Annual report on the lock hospitals of the Madras Presidency
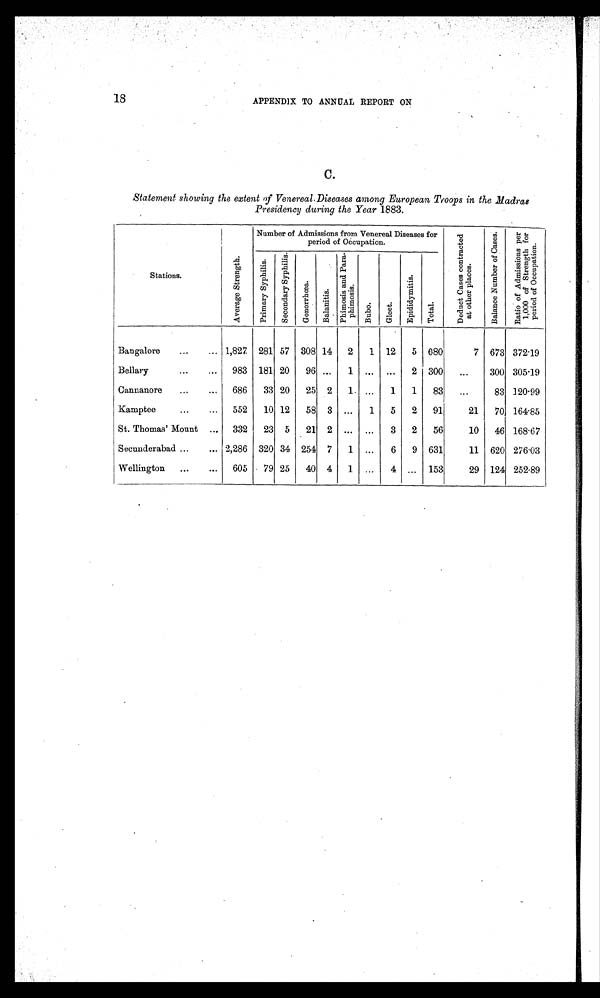
18
APPENDIX TO ANNUAL REPORT ON
C.
Statement showing the extent of Venereal. Diseases among European Troops in the Madras
Presidency during the Year 1883.
Stations.
A v e r a g e S t r e n g t h .
Number of Admissions from Venereal Diseases for
period of Occupation.
D e d u c t c a s e s c o n t r a c t e d a t o t h e r p l a c e s . B a l a n c e N u m b e r o f C a e s e .
R a t i o o f A d m i s s i o n p e r 1 , 0 0 0 o f S t r e n g t h f o r p e r i o d o f O c c u p a t i o n .
P r i m a r y S y p h i l i s .
S e c o n d a r y S y p h i l i s .
G o n o r r h œ a .
B a l a n i t i s .
P h i m o s i s a n d P a r a - p h i m o s i s .
B u b o . G l e e t .
E p i d i y m i t i s .
T o t a l .
Bangalore
...
... 1,827 281 57 308 14 2 1 12 5 680
7 673 372.19
Bellary
...
... 983 181 20 96 ... 1 ... ... 2 300 ...
300 305.19
Cannanore
...
... 686 33 20 25 2 1
...
1 1 83 ...
83 120.99
Kamptee
...
... 552 10 12 58 3 ... 1 5 2 91
21 70 164.85
St. Thomas' Mount ... 332 23 5 21 2 ... ... 3 2 56
10 46 168.67
Secunderabad ...
... 2,286 320 34 254 7 1 ... 6 9 631
11 620 276.03
Wellington ...
... 605 79 25 40 4 1 ... 4 ... 153
29 124 252.89